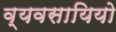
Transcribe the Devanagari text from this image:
व्यवसायियो